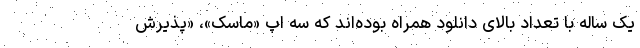
یک ساله با تعداد بالای دانلود همراه بوده‌اند که سه اپ‌ «ماسک»، «پذیرش